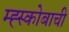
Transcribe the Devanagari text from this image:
म्ह्स्कोबाची